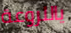
ياللروعة